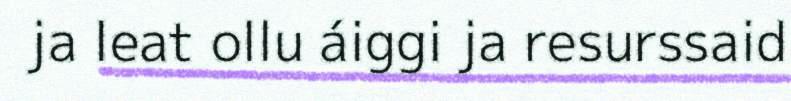
ja leat ollu áiggi ja resurssaid